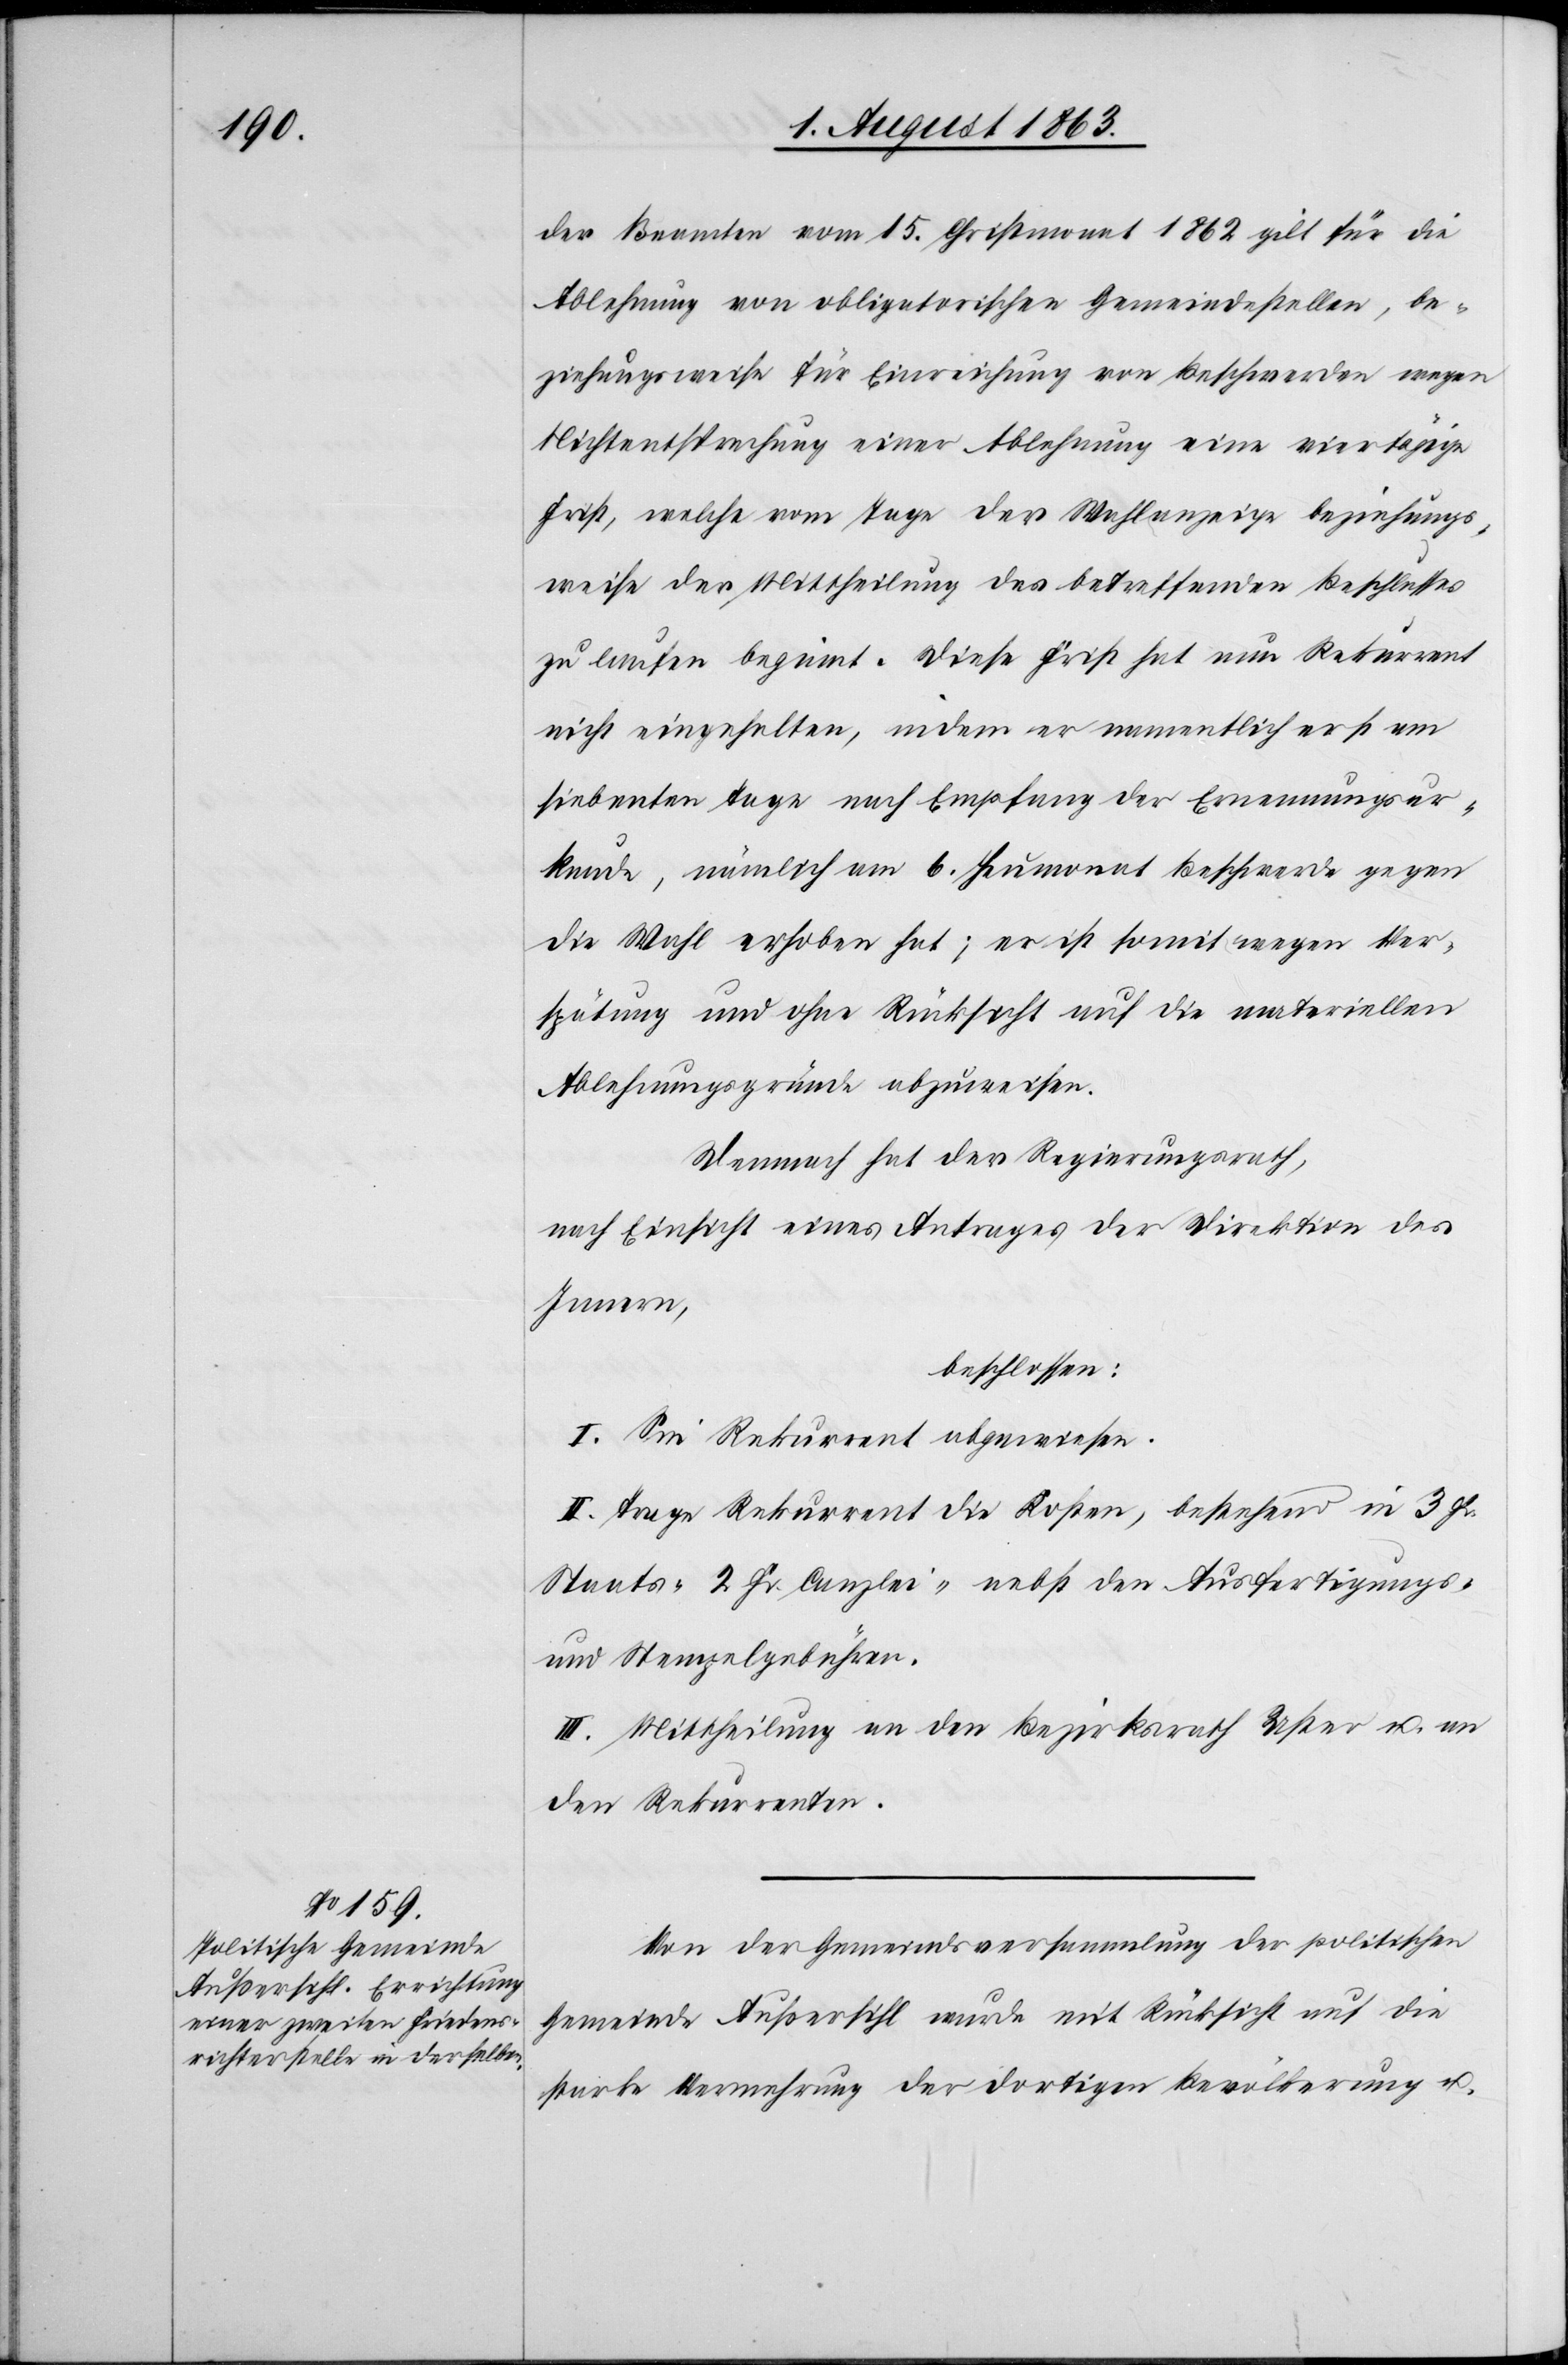
der Beamten vom 15. Christmonat 1862 gilt für die
Ablehnung von obligatorischen Gemeindestellen, be¬
ziehungsweise für Einreichung von Beschwerden wegen
Nichtentsprechung einer Ablehnung eine viertägige
Frist, welche vom Tage der Wahlanzeige beziehungs¬
weise der Mittheilung des betreffenden Beschlusses
zu laufen beginnt. Diese Frist hat nun Rekurrent
nicht eingehalten, indem er namentlich erst am
siebenten Tage nach Empfang der Ernennungsur¬
kunde, nämlich am 6. Heumonat Beschwerde gegen
die Wahl erhoben hat; er ist somit wegen Ver¬
spätung und ohne Rücksicht auf die materiellen
Ablehnungsgründe abzuweisen.
Demnach hat der Regierungsrath,
nach Einsicht eines Antrages der Direktion des
Innern,
beschlossen:
I. Sei Rekurrent abgewiesen.
II. Trage Rekurrent die Kosten, bestehend in 3 Fr.
Staats-[,] 2 Fr. Canzlei- nebst den Ausfertigungs-
und Stempelgebühren.
III. Mittheilung an den Bezirksrath Uster u. an
den Rekurrenten.
Von der Gemeindsversammlung der politischen
Gemeinde Außersihl wurde mit Rücksicht auf die
starke Vermehrung der dortigen Bevölkerung u.